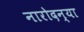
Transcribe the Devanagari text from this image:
नारोदन्या